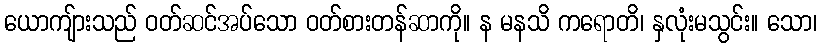
ယောကျ်ားသည် ဝတ်ဆင်အပ်သော ဝတ်စားတန်ဆာကို။ န မနသိ ကရောတိ၊ နှလုံးမသွင်း။ သော၊